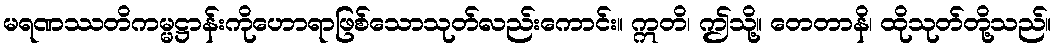
မရဏဿတိကမ္မဋ္ဌာန်းကိုဟောရာဖြစ်သောသုတ်လည်းကောင်း။ ဣတိ၊ ဤသို့။ တေတာနိ၊ ထိုသုတ်တို့သည်။